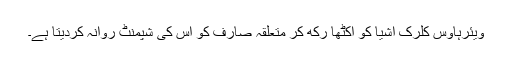
ویئرہاؤس کلرک اشیا کو اکٹھا رکھ کر متعلقہ صارف کو اس کی شپمنٹ روانہ کردیتا ہے۔